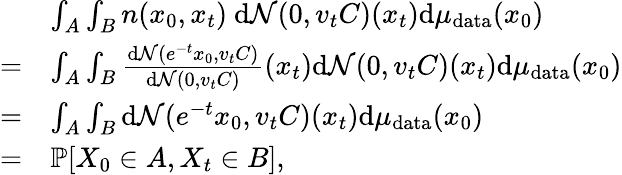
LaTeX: \begin{array}{rl}&{\int_{A}\int_{B}n(x_{0},x_{t})~\mathrm{d}\mathcal{N}(0,v_{t}C)(x_{t})\mathrm{d}\mu_{\mathrm{data}}(x_{0})}\\ {=}&{\int_{A}\int_{B}\frac{\mathrm{d}\mathcal{N}(e^{-t}x_{0},v_{t}C)}{\mathrm{d}\mathcal{N}(0,v_{t}C)}(x_{t})\mathrm{d}\mathcal{N}(0,v_{t}C)(x_{t})\mathrm{d}\mu_{\mathrm{data}}(x_{0})}\\ {=}&{\int_{A}\int_{B}\mathrm{d}\mathcal{N}(e^{-t}x_{0},v_{t}C)(x_{t})\mathrm{d}\mu_{\mathrm{data}}(x_{0})}\\ {=}&{\mathbb{P}[X_{0}\in A,X_{t}\in B],}\end{array}